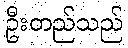
ဦးတည်သည်